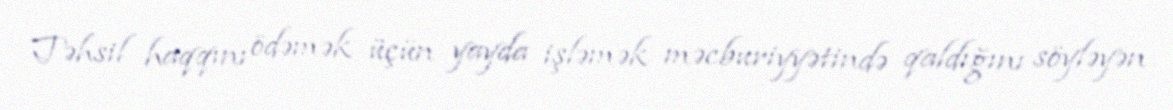
Təhsil haqqını ödəmək üçün yayda işləmək məcburiyyətində qaldığını söyləyən